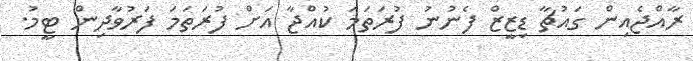
ރާއްޖެއިން ގައުޗާ ޑިޒީޒް ފެނުނު ފުރަތަމަ ކުއްޖާ އަށް ފުރަތަމަ ފަރުވާދިން ޓީމު.